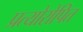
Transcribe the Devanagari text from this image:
प्रत्योरोपित